Sketch of the medical history of the native army of Bombay, for the year
Year: 1876
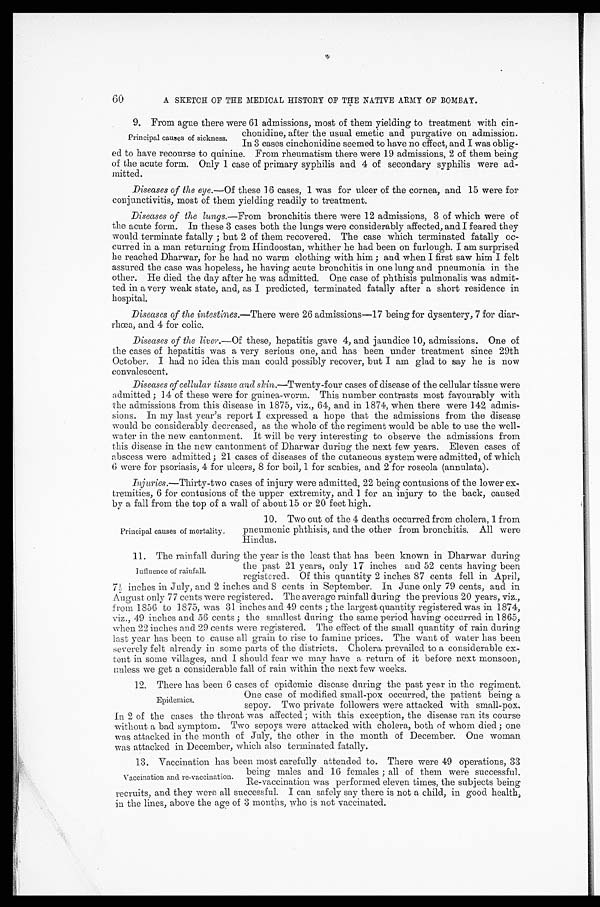
60
A SKETCH OF THE MEDICAL HISTORY OF THE NATIVE ARMY OF BOMBAY.
9. From ague there were 61 admissions, most of them yielding to treatment with cin
-
chonidine, after the usual emetic and purgative on admission.
In 3 cases cinchonidine seemed to have no effect, and I was oblig
-ed to have recourse to quinine. From rheumatism there were 19 admissions, 2 of them being
of the acute form. Only 1 case of primary syphilis and 4 of secondary syphilis were ad
-mitted.
Diseases of the eye .—Of these 16 cases, 1 was for ulcer of the cornea, and 15 were for
conjunctivitis, most of them yielding readily to treatment.
Diseases of the lungs.—From bronchitis there were 12 admissions, 3 of which were of
the acute form. In these 3 cases both the lungs were considerably affected, and I feared they
would terminate fatally; but 2 of them recovered. The case which terminated fatally oc
-curred in a man returning from Hindoostan, whither he had been on furlough. I am surprised
he reached Dharwar, for he had no warm clothing with him; and when I first saw him I felt
assured the case was hopeless, he having acute bronchitis in one lung and pneumonia in the
other. He died the day after he was admitted. One case of phthisis pulmonalis was admit
-ted in a very weak state, and, as I predicted, terminated fatally after a short residence in
hospital.
Diseases of the intestines .—There were 26 admissions—17 being for dysentery, 7 for diar
- r h œ a , a n d 4 f o r c o l i c .
Diseases of the liver.—Of these, hepatitis gave 4, and jaundice 10, admissions. One of
the cases of hepatitis was a very serious one, and has been under treatment since 29th
October. I had no idea this man could possibly recover, but I am glad to say he is now
convalescent.
Diseases of cellular tissue and skin .—Twenty-four cases of disease of the cellular tissue were
admitted; 14 of these were for guinea-worm. This number contrasts most favourably with
the admissions from this disease in 1875, viz., 64, and in 1874, when there were 142 admis
-sions. In my last year's report I expressed a hope that the admissions from the disease
would be considerably decreased, as the whole of the regiment would be able to use the well
-water in the new cantonment. It will be very interesting to observe the admissions from
this disease in the new cantonment of Dharwar during the next few years. Eleven cases of
abscess were admitted; 21 cases of diseases of the cutaneous system were admitted, of which
6 were for psoriasis, 4 for ulcers, 8 for boil, 1 for scabies, and 2 for roseola (annulata).
Injuries.—Thirty-two cases of injury were admitted, 22 being contusions of the lower ex
-tremities, 6 for contusions of the upper extremity, and 1 for an injury to the back, caused
by a fall from the top of a wall of about 15 or 20 feet high.
Principal causes of sickness.
Principal causes of mortality.
10. Two out of the 4 deaths occurred from cholera, 1 from
pneumonic phthisis, and the other from bronchitis. All were
Hindus.
11. The rainfall during the year is the least that has been known in Dharwar during
the past 21 years, only 17 inches and 52 cents
having been registered. Of this quantity 2 inches 87 cents fell in April,
7½ inches in July, and 2 inches and 8 cents in September. In June only 79 cents, and in
August only 77 cents were registered. The average rainfall during the previous 20 years, viz.,
from 1856 to 1875, was 31 inches and 49 cents; the largest quantity registered was in 1874,
viz., 49 inches and 56 cents; the smallest during the same period having occurred in 1865,
when 22 inches and 29 cents were registered. The effect of the small quantity of rain during
last year has been to cause all grain to rise to famine prices. The want of water has been
severely felt already in some parts of the districts. Cholera prevailed to a considerable ex
-tent in some villages, and I should fear we may have a return of it before next monsoon,
unless we get a considerable fall of rain within the next few weeks.
12. There has been 6 cases of epidemic disease during the past year in the regiment.
One case of modified small-pox occurred, the patient being a
sepoy. Two private followers were attacked with small-pox.
In 2 of the cases the throat was affected; with this exception, the disease ran its course
without a bad symptom. Two sepoys were attacked with cholera, both of whom died; one
was attacked in the month of July, the other in the month of December. One woman
was attacked in December, which also terminated fatally.
Influence of rainfall.
Epidemics.
13. Vaccination has been most carefully attended to. There were 49 operations, 33
being males and 16 females; all of them were successful.
Re-vaccination was performed eleven times, the subjects being
recruits, and they were all successful. I can safely say there is not a child, in good health,
in the lines, above the age of 3 months, who is not vaccinated.
Vaccination and re-vaccination.